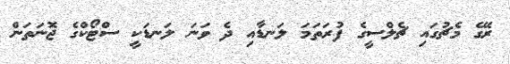
ރޭގެ މެޗުގައި ޗެލްސީގެ ފުރަތަމަ ލަނޑާއި ދެ ވަނަ ލަނޑަކީ ސްޓޯކްގެ ޖޮނަތަން